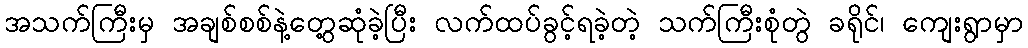
အသက်ကြီးမှ အချစ်စစ်နဲ့တွေ့ဆုံခဲ့ပြီး လက်ထပ်ခွင့်ရခဲ့တဲ့ သက်ကြီးစုံတွဲ ခရိုင်၊ ကျေးရွာမှာ